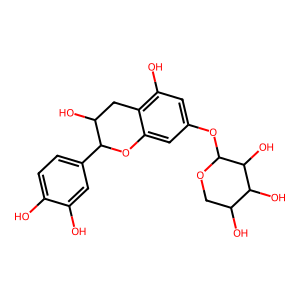
SMILES: Oc1ccc(C2Oc3cc(OC4OCC(O)C(O)C4O)cc(O)c3CC2O)cc1O
Inhibits HIV replication: No